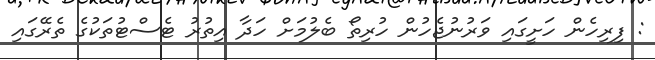
: ފިރިހެން ހަށީގައި ވަރުނުޖެހުން ހުރިތޯ ބެލުމަށް ހަދާ އިތުރު ޓެސްޓުތަކުގެ ތެރޭގައި